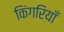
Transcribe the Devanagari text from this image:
किंगरियाँ